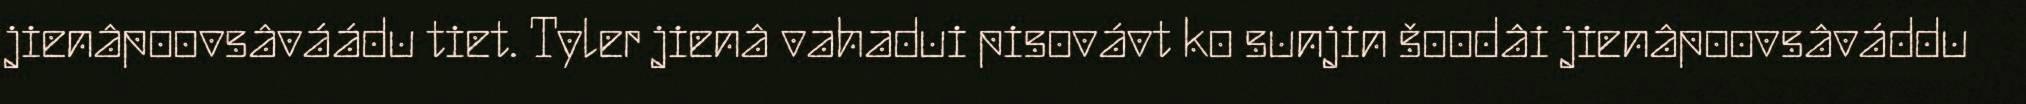
jienâpoovsâváádu tiet. Tyler jienâ vahadui pisovávt ko sunjin šoodâi jienâpoovsâváddu